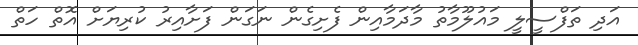
އަދި ތަފްސީލީ މައުލޫމާތު މާދަމާއިން ފެށިގެން ނަަގަން ފަށާއިރު ކުރިޔަށް އޮތް ހަތް